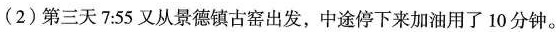
(2)第三天 7:55 又从景德镇古窑出发，中途停下来加油用了 10 分钟。